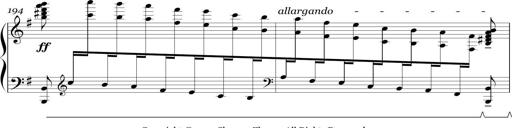
Title: Sonatina in E minor
Composer: Shuwen Zhang
Key: E minor